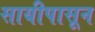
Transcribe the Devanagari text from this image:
सायीपासून